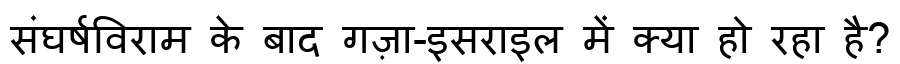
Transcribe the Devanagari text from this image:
संघर्षविराम के बाद गज़ा-इसराइल में क्या हो रहा है?